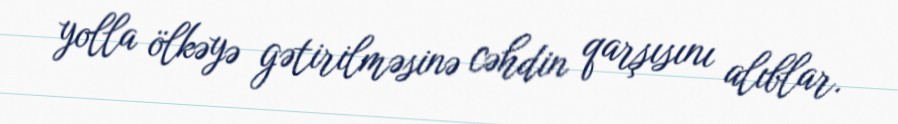
yolla ölkəyə gətirilməsinə cəhdin qarşısını alıblar.